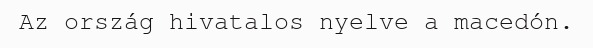
Az ország hivatalos nyelve a macedón.